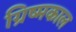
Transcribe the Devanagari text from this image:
ग्रिष्मकाल